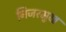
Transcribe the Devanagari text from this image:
निजरमुख